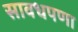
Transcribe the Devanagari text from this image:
सावधपणा